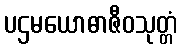
ပဌမယောဓာဇီဝသုတ္တံ